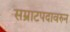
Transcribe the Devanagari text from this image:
सम्राटपदावरुन